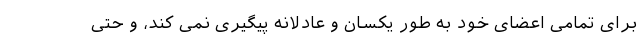
برای تمامی اعضای خود به طور یکسان و عادلانه پیگیری نمی کند، و حتی